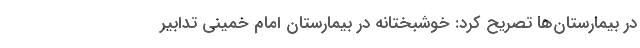
در بیمارستان‌ها تصریح کرد: خوشبختانه در بیمارستان امام خمینی تدابیر